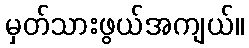
မှတ်သားဖွယ်အကျယ်။